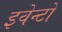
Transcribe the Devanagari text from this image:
इवेन्टों